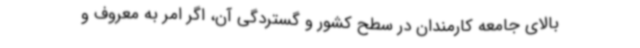
بالای جامعه کارمندان در سطح کشور و گستردگی آن، اگر امر به معروف و